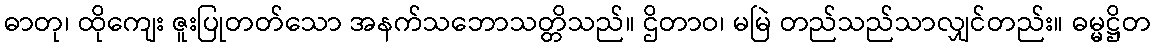
ဓာတု၊ ထိုကျေး ဇူးပြုတတ်သော အနက်သဘောသတ္တိသည်။ ဌိတာဝ၊ မမြဲ တည်သည်သာလျှင်တည်း။ ဓမ္မဋ္ဌိတ